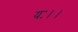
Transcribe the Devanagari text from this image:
यः।।